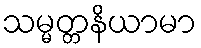
သမ္မတ္တနိယာမာ